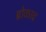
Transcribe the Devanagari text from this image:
ब्रोकाव